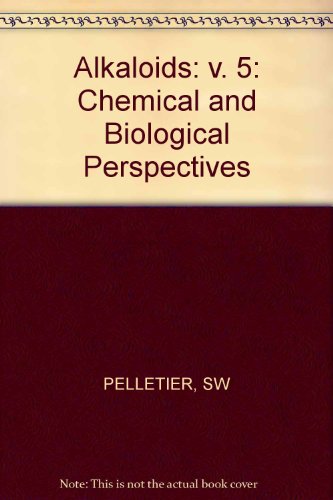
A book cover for Alkaloids (Volume 5); Science & Math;